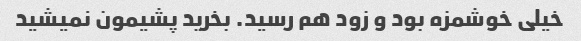
خیلی خوشمزه بود و زود هم رسید. بخرید پشیمون نمیشید